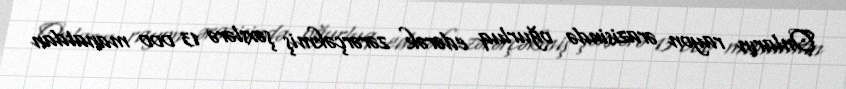
Onların rayon ərazisində oğurluq edərək zərərçəkmiş şəxslərə 13 000 manatdan